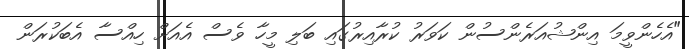
"އެހެންވީމަ އިންޝުއަރެންސުން ކަވަރު ކުރާއިރުގައި ބަލި މީހާ ވެސް އެއަށް ހިއްސާ އެބަކުރަން